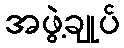
အဖွဲ့ချုပ်